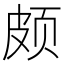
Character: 颇